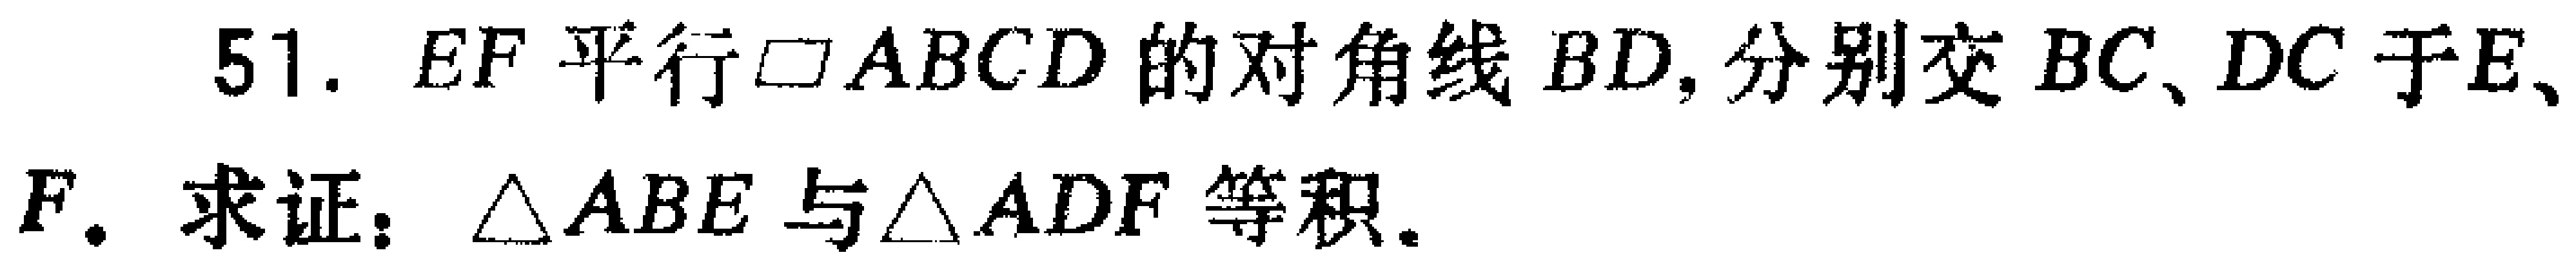
51. $EF$平行$\square ABCD$的对角线$BD$，分别交$BC$、$DC$于$E$、$F$. 求证：$\triangle ABE$与$\triangle ADF$等积.